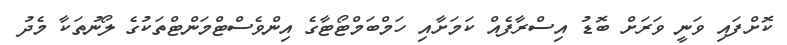
ކޮށްފައި ވަނީ ވަރަށް ބޮޑު އިސްރާފެއް ކަމަށާއި ހަމްބަމްޓޯޓާގެ އިންވެސްޓްމަންޓްތަކުގެ ލޯނުތަކާ މެދު